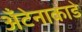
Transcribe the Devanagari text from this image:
अँटेनाकाडे